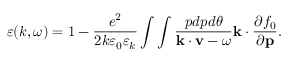
\varepsilon ( k , \omega ) = 1 - \frac { e ^ { 2 } } { 2 k \varepsilon _ { 0 } \varepsilon _ { k } } \int \int \frac { p d p d \theta } { { \bf k } \cdot { \bf v } - \omega } { \bf k } \cdot \frac { \partial f _ { 0 } } { \partial \bf p } .